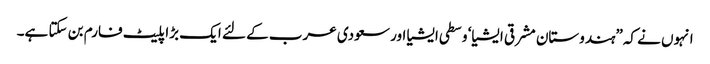
انہوں نے کہ”ہندوستان مشرقی ایشیا‘ وسطی ایشیا اور سعودی عرب کے لئے ایک بڑا پلیٹ فارم بن سکتا ہے۔